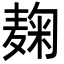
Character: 麹